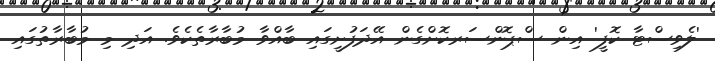
'ލެވިސްޓާ ކޮފީ' އިން ސްޕޮންސަރކޮށްގެން އޭދަފުށީގައި ބާއްވާ މުބާރާތެކެވެ. އަދި މި މުބާރާތުގައި